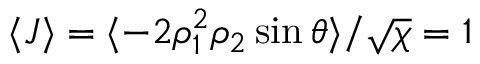
\langle J \rangle = \langle - 2 \rho _ { 1 } ^ { 2 } \rho _ { 2 } \sin \theta \rangle / \sqrt { \chi } = 1